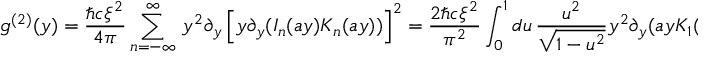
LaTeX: g ^ { ( 2 ) } ( y ) = \frac { \hbar c \xi ^ { 2 } } { 4 \pi } \sum _ { n = - \infty } ^ { \infty } \, y ^ { 2 } \partial _ { y } \left[ y { { \partial } _ { y } } ( I _ { n } ( a y ) K _ { n } ( a y ) ) \right] ^ { 2 } = \frac { 2 \hbar c \xi ^ { 2 } } { \pi ^ { 2 } } \int _ { 0 } ^ { 1 } d u \, \frac { u ^ { 2 } } { \sqrt { 1 - u ^ { 2 } } } y ^ { 2 } { { \partial } _ { y } } ( a y K _ { 1 } ( 2 a y u ) ) ^ { 2 } ,